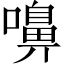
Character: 嚊